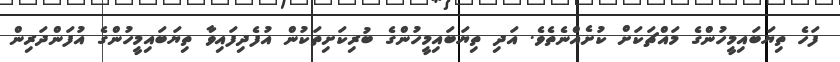
ފަހެ ތިޔަބައިމީހުންގެ މައްޗަކަށް ކުށެއްނެތެވެ. އަދި ތިޔަބައިމީހުންގެ ބުރިކަށިތަކުން އުފެދިފައިވާ ތިޔަބައިމީހުންގެ އުފަންދަރިން